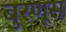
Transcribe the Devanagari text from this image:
बुरणूस